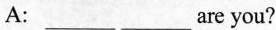
A:___________are you?